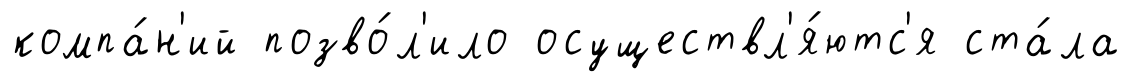
компа́н'ий позво́л'ило осуществл'я́ютс'я ста́ла